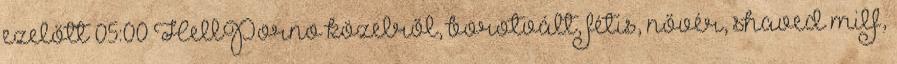
ezelőtt 05:00 HellPorno közelről, borotvált, fétis, nővér, shaved milf,